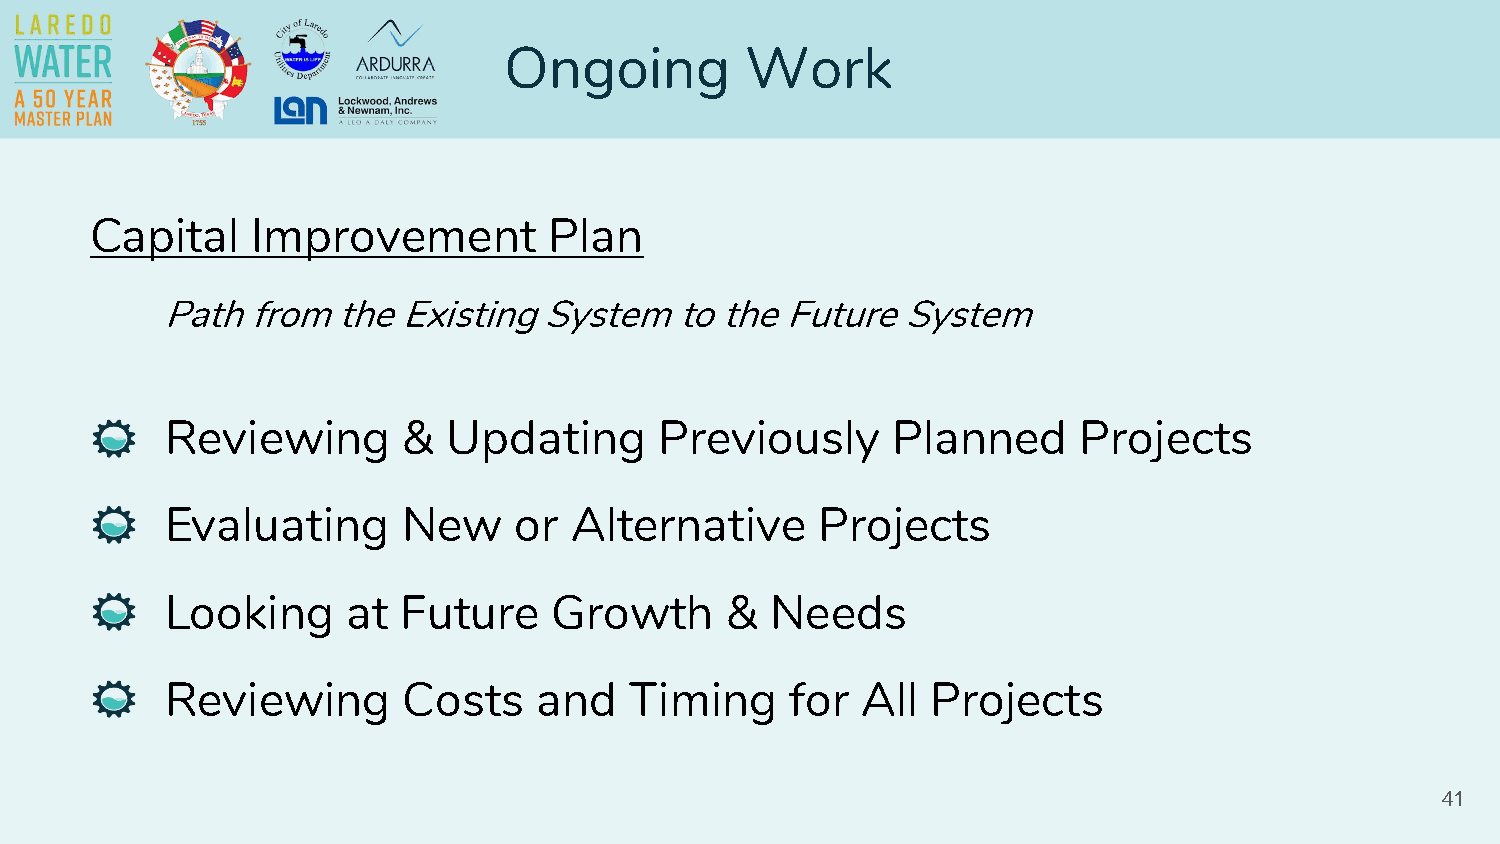
Ongoing         Work
 Capital    Improvement        Plan
 Path from  the Existing  System   to the Future  System
 Reviewing       &  Updating      Previously     Planned     Projects
 Evaluating      New    or  Alternative     Projects
 Looking     at  Future    Growth     &  Needs
 Reviewing       Costs    and   Timing    for  All  Projects
 41